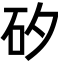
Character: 矽